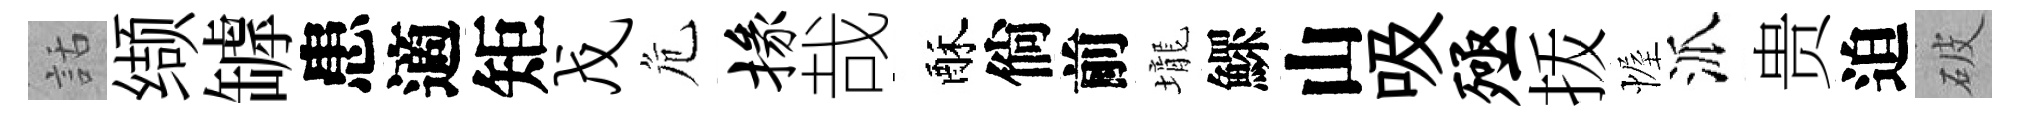
話缬罅患適矩戊危掾哉酥倘前壠鰥山吸殛㧞幄派贵迫破